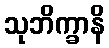
သုဘိက္ခာနိ